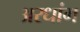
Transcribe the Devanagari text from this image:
अरधांग